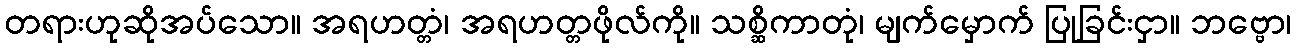
တရားဟုဆိုအပ်သော။ အရဟတ္တံ၊ အရဟတ္တဖိုလ်ကို။ သစ္ဆိကာတုံ၊ မျက်မှောက် ပြုခြင်းငှာ။ ဘဗ္ဗော၊